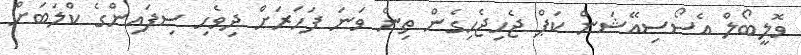
ވޮލީބޯލް އެސޯސިއޭޝަން ކަޕް ޖެހިޖެހިގެން ތިން ވަނަ ފަހަރަށް ދިވެހި ސިފައިންގެ ކްލަބަށް